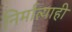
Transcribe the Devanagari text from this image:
निर्मात्याही